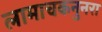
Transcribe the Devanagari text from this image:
लामाचकनुनरा